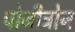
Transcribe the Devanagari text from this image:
पोजीट्रोन